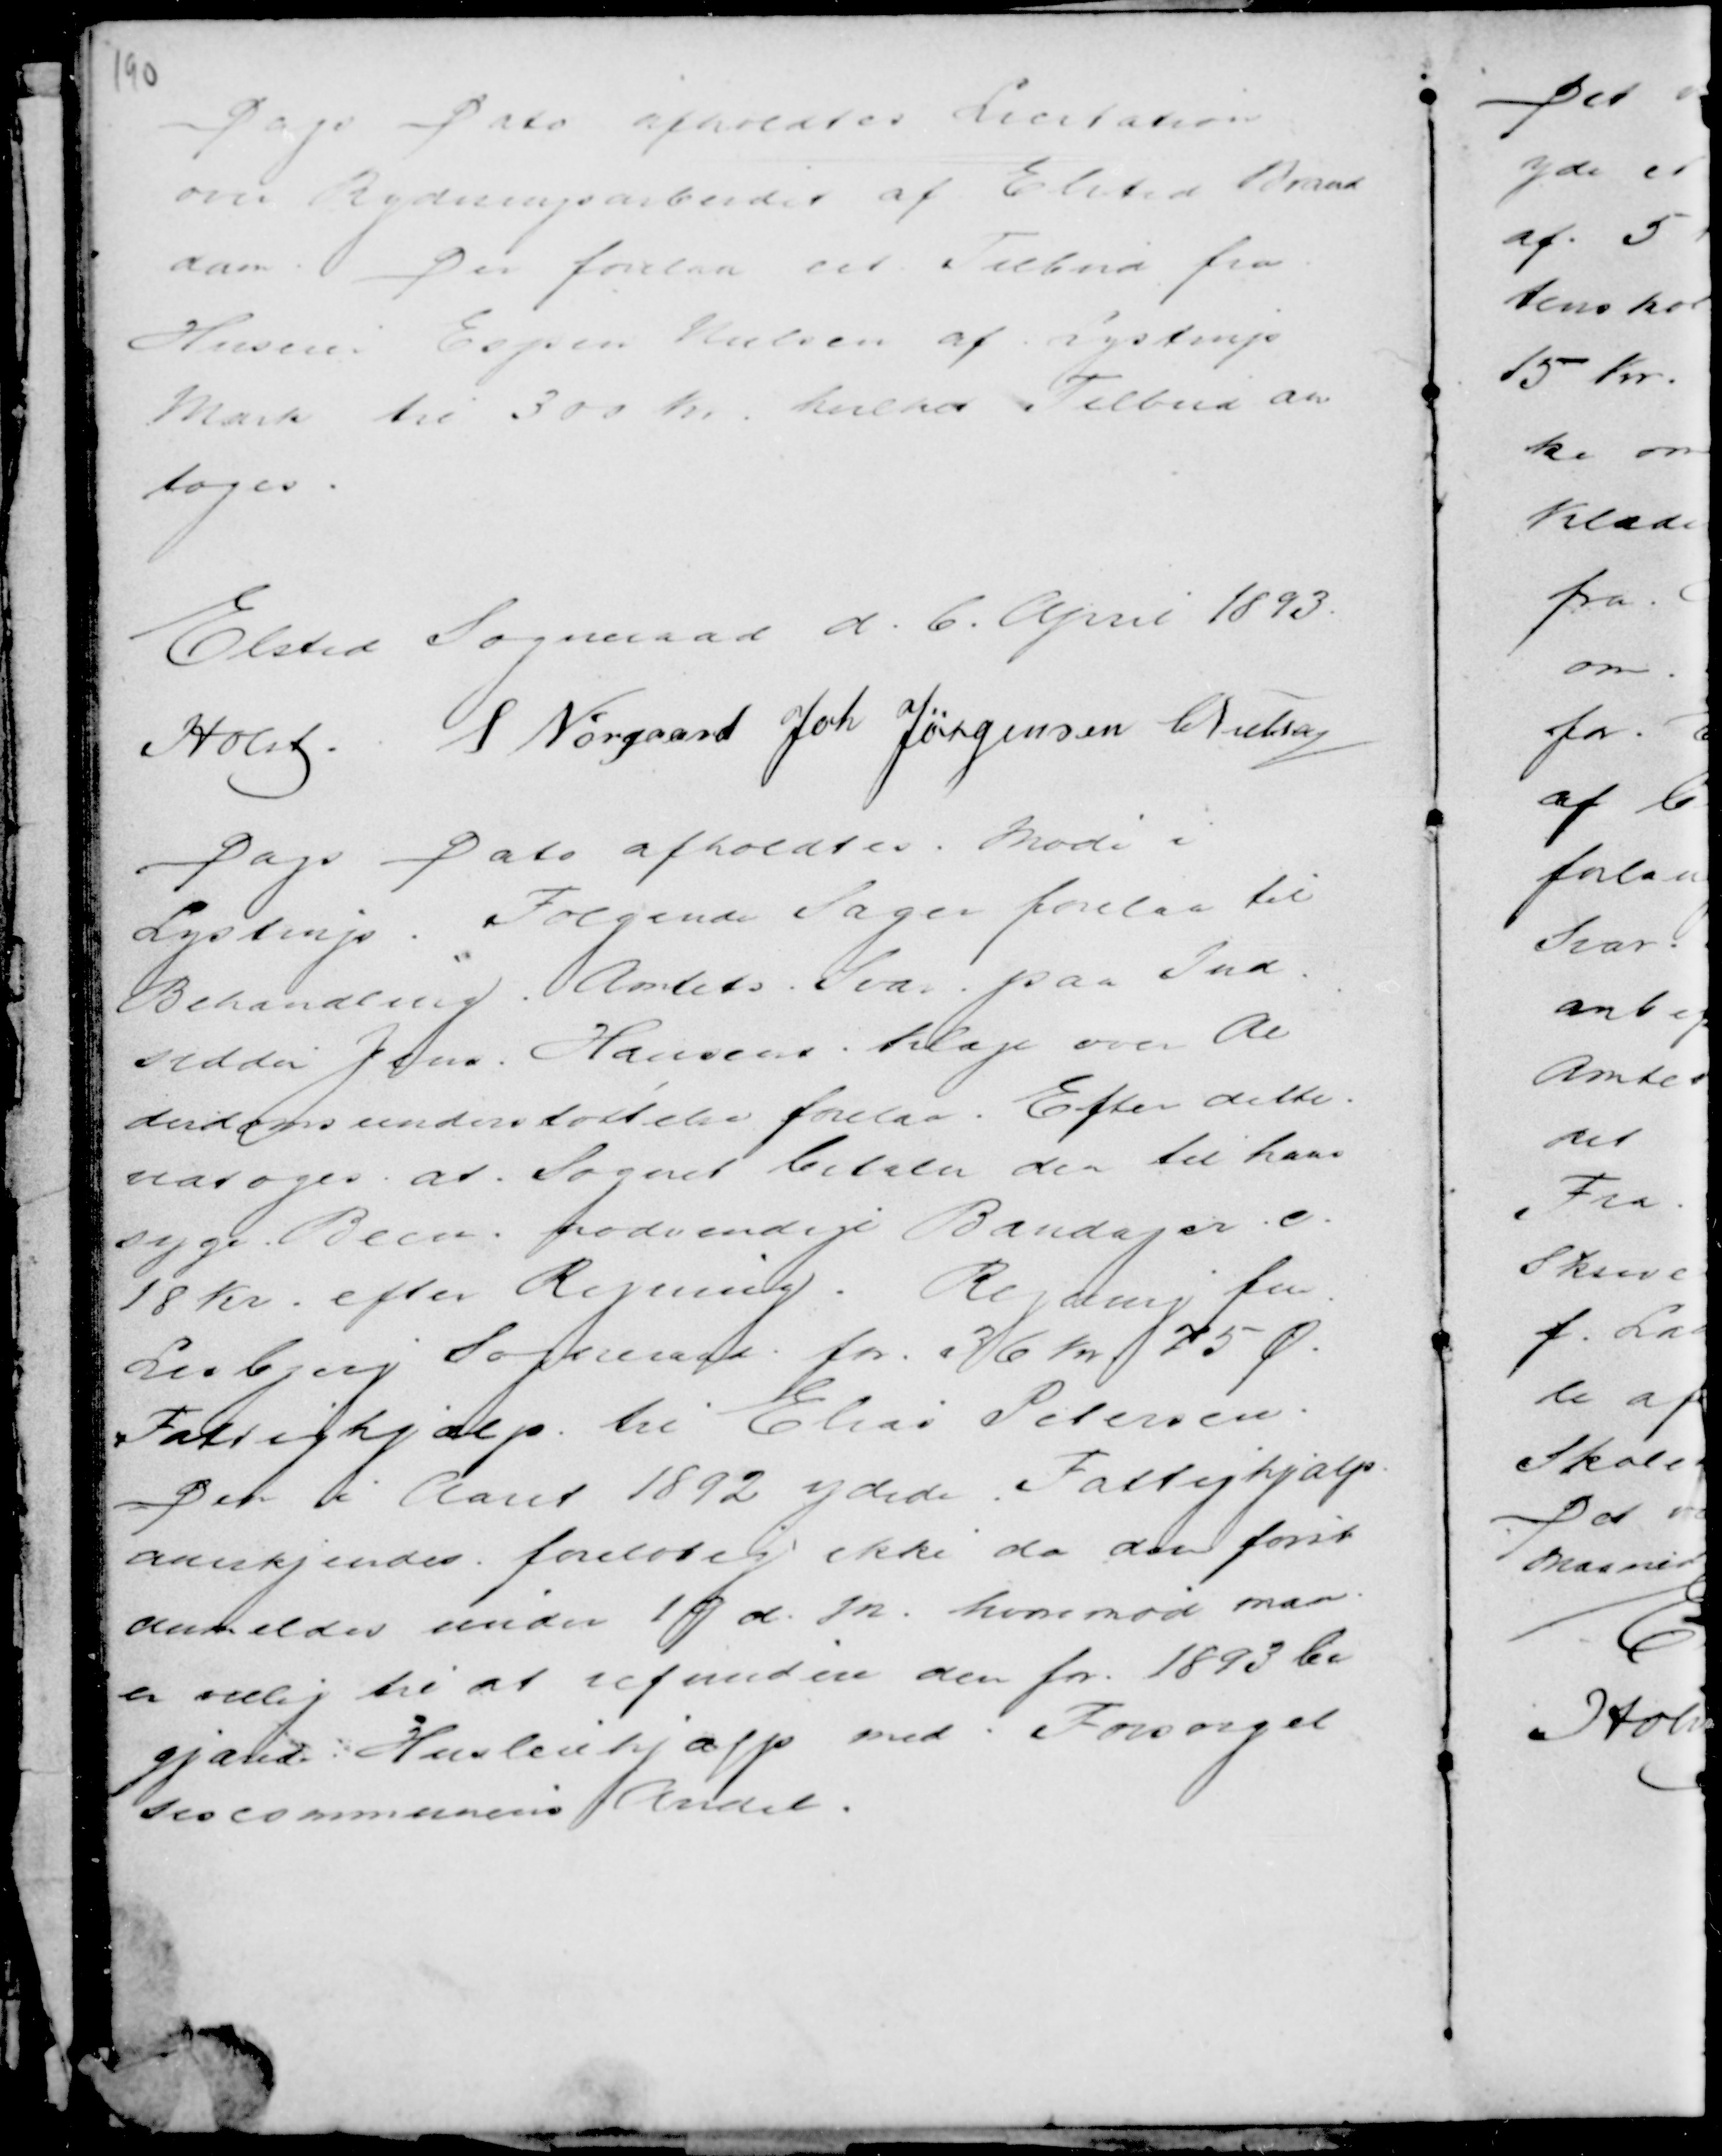
Transskription:
Dags Dato afholdtes Licitation
over Rydningsarbejdet af Elsted Brand
dam. Der forelaa eet Tilbud fra
Husm. Espen Knudsen af Lystrup
Mark til 300 Kr. hvilket Tilbud an
toges.

Elsted Sogneraad d. 6. April 1893.
Holst. S Nørgaard Joh Jørgensen C Nielsen

Dags Dato afholdtes Møde i
Lystrup. Følgende Sager forelaa til
Behandling. Amtets svar paa Ind
sedder Jens Hansens Klage over Al
derdomsunderstøttelse forelaa. Efter dette
vedtoges at Sognet betaler den til hans
syge Been nødvendige Bandager c
18 Kr. efter Regning. Regning fra
Lisbjerg Sogneraad for 36 Kr 75 Ø
Fattighjælp til Elias Petersen.
Den i Aaret 1892 ydede Fattighjælp
anerkjendes foreløbig ikke da den først
anmeldes under 1 p d.M. hvorimod man
er villig til at refundere den for 1893 be
begjærede Husleiehjælp med. Forsørgel
sescommunens Andel.